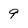
Character: 9